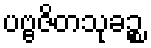
ပဗ္ဗဇိတသုခဉ္စ